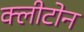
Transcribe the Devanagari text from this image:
क्‍लीटोन